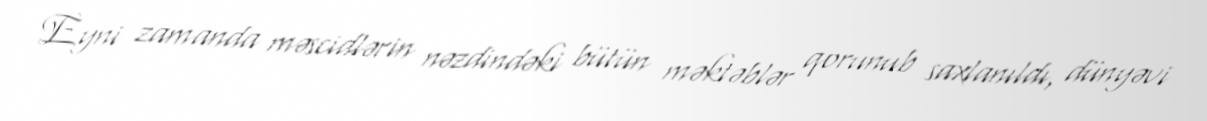
Eyni zamanda məscidlərin nəzdindəki bütün məktəblər qorunub saxlanıldı, dünyəvi